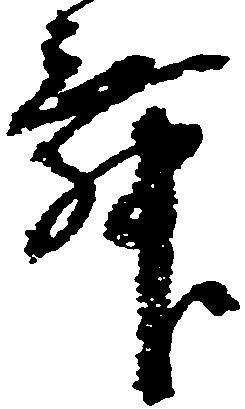
舞